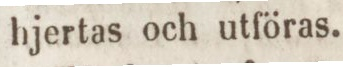
hjertas och utföras.